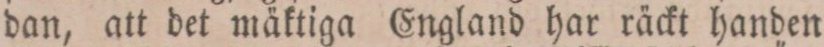
dan, att det mäktiga England har räckt handen